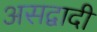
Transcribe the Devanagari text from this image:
असद्वादी